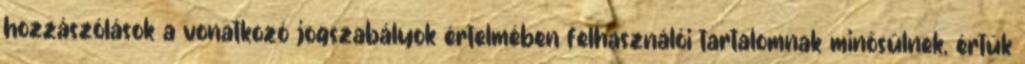
hozzászólások a vonatkozó jogszabályok értelmében felhasználói tartalomnak minősülnek, értük